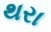
થરા